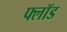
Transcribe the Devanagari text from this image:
फ्लॉड